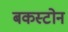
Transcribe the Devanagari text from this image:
बकस्टोन